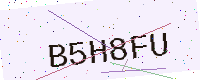
Text: B5H8FU